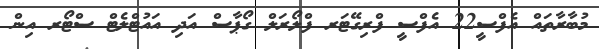
މުބާރާތައް އެފްސީ22 އެފްސީ ފްރިގޭޓަރ ފްލޯރަލް ގޯޕާސް އަދި އައުޓްލެޓް ސްޓޯރ އިން